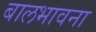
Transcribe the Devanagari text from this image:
बालभावना